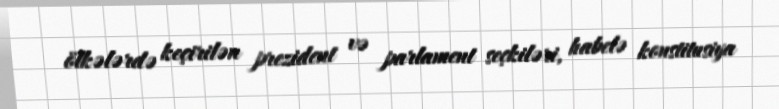
ölkələrdə keçirilən prezident və parlament seçkiləri, habelə konstitusiya